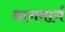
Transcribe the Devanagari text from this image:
नागमार्ग